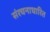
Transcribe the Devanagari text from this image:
संरचनाधारित